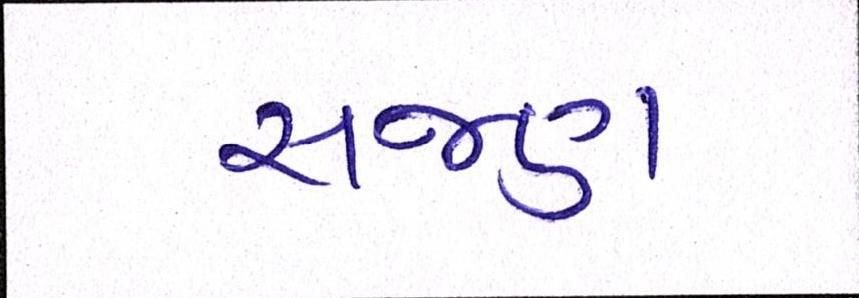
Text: સજણ